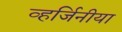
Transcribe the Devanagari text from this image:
व्हर्जिनीया